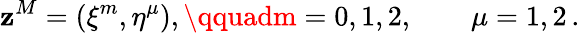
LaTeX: \mathbf{z}^{M}=(\xi^{m},\eta^{\mu}),\qquadm=0,1,2,\qquad\mu=1,2\, .